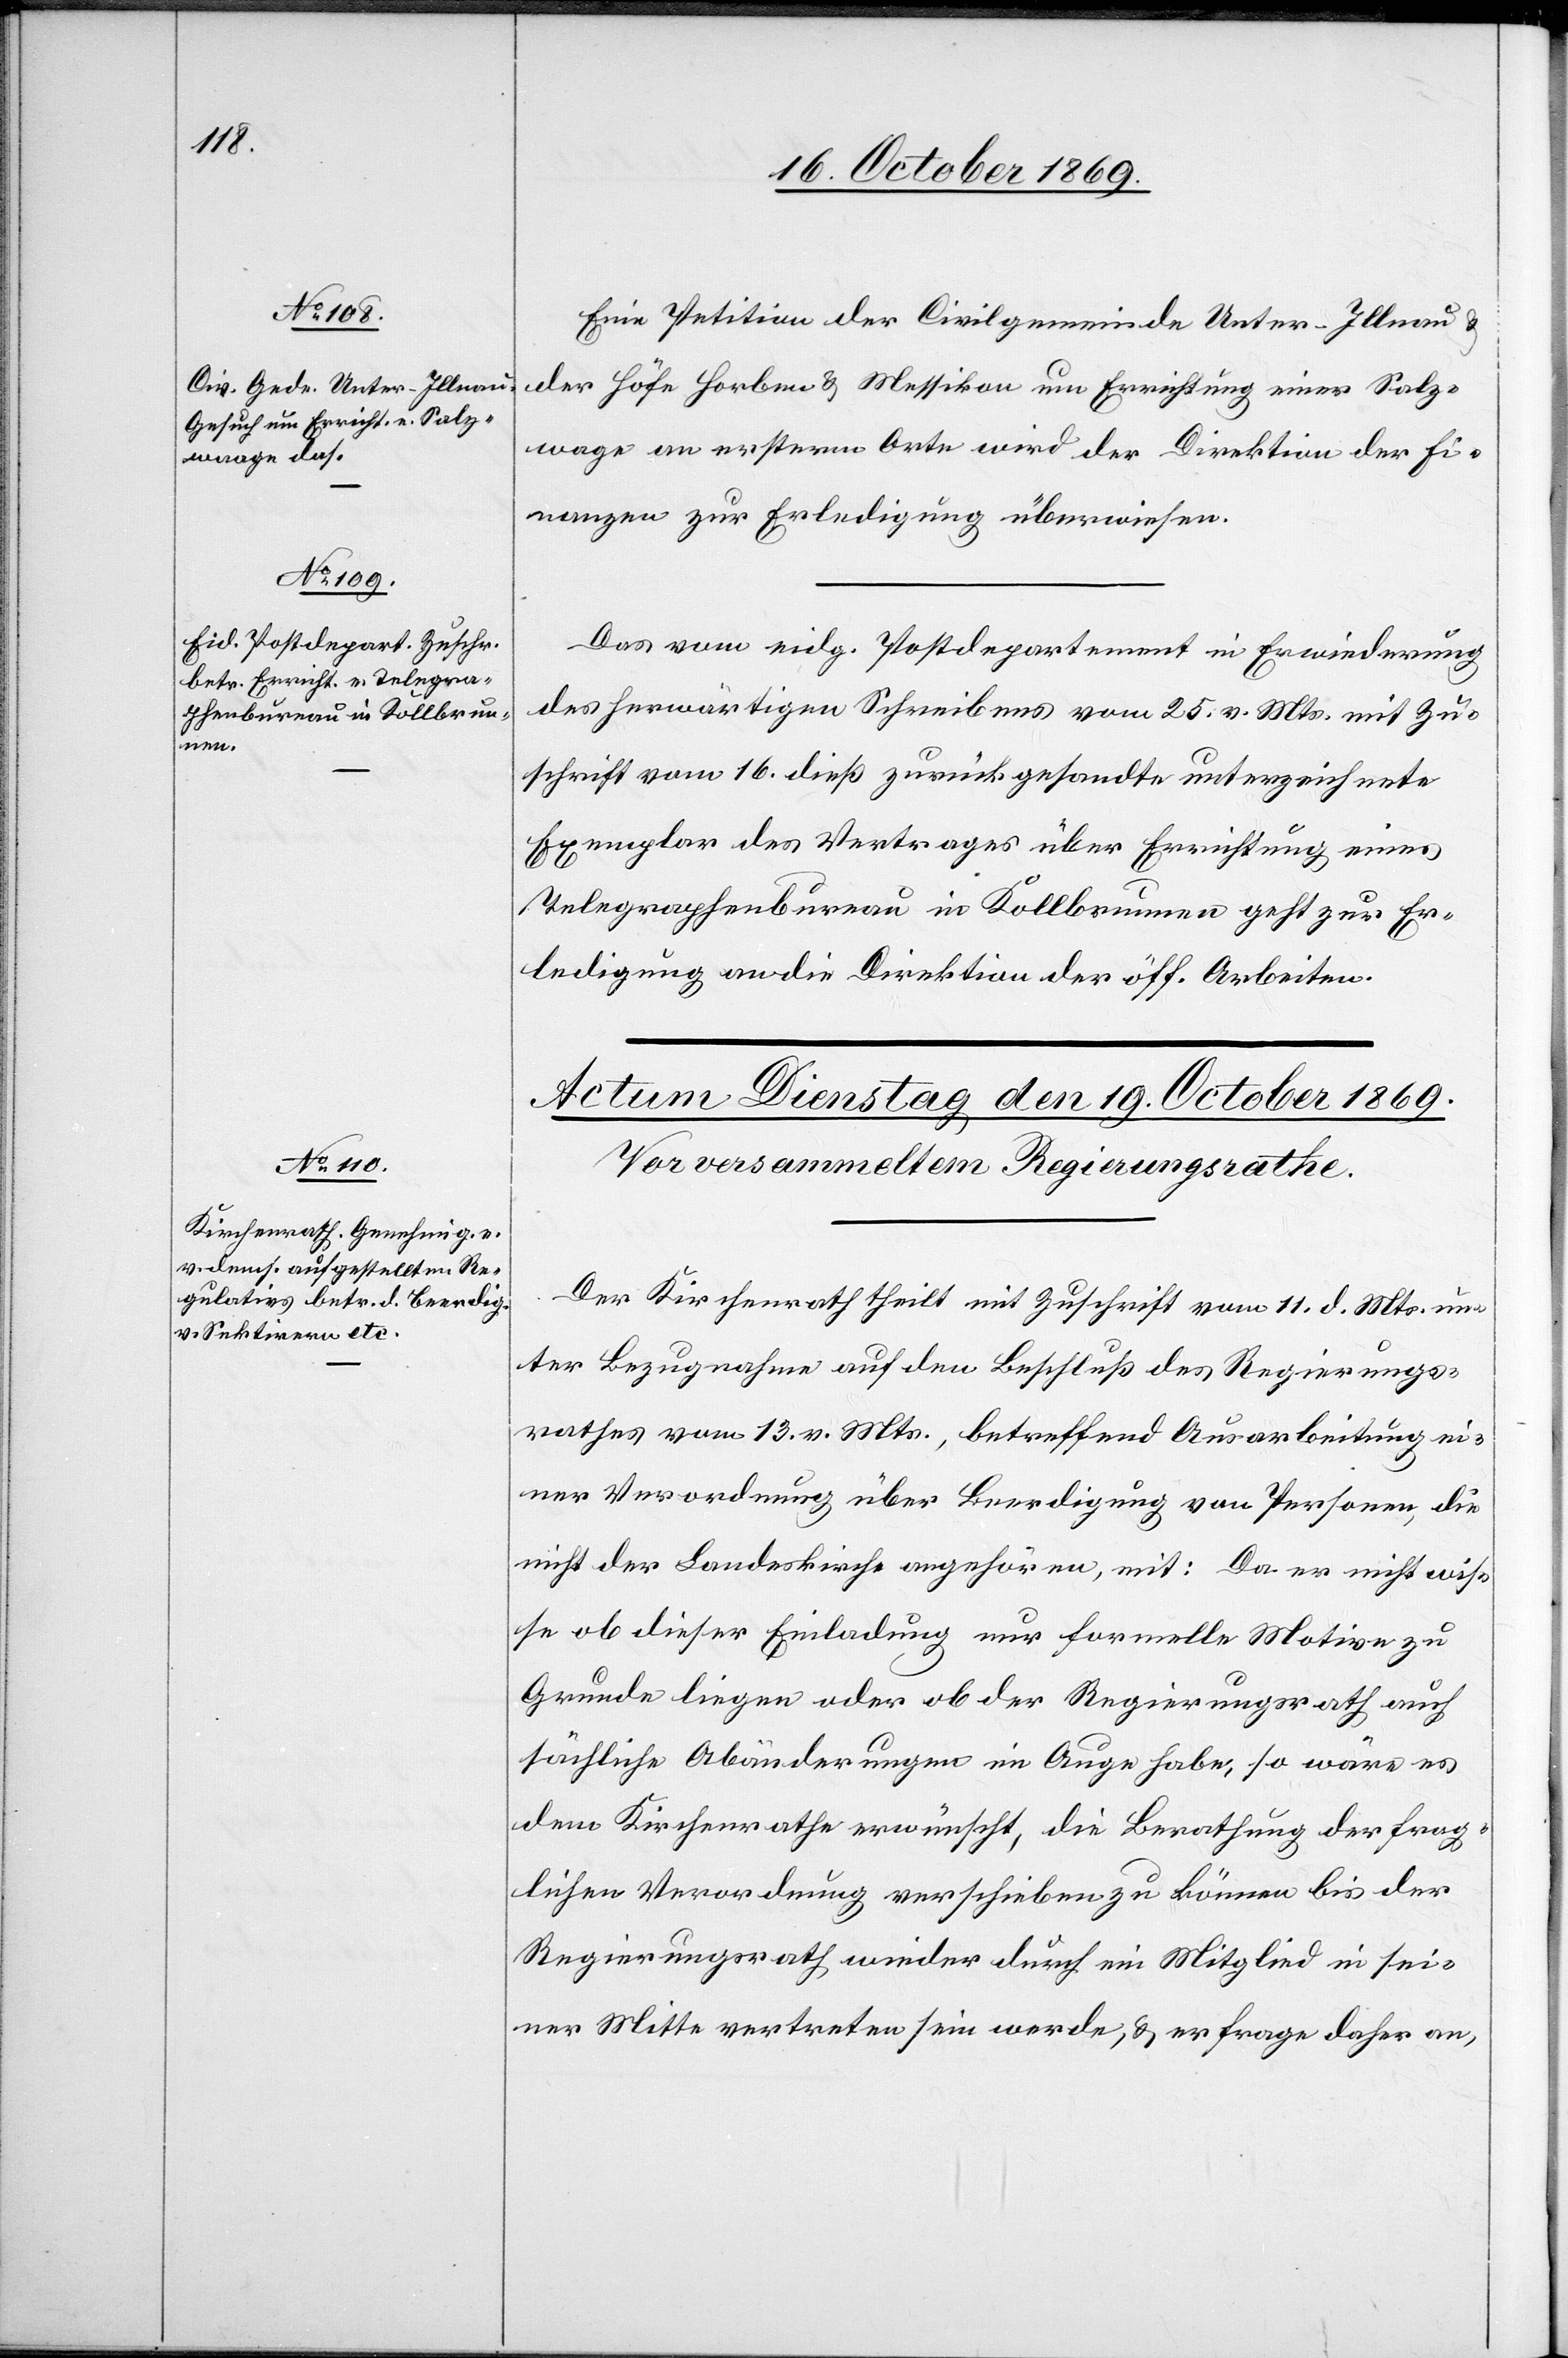
18. October 1869.]
Eine Petition der Civilgemeinde Unter-Illnau &
der Höfe Horben & Messikon um Errichtung einer Salz¬
wa[a]ge an ersterm Orte wird der Direktion der Fi¬
nanzen zur Erledigung überwiesen.
Das vom eidg. Postdepartement in Erwiederung
des herwärtigen Schreibens vom 25. v. Mts. mit Zu¬
schrift vom 16. dieß zurückgesandte unterzeichnete
Exemplar des Vertrages über Errichtung eines
Telegraphenbureau in Kollbrunnen geht zur Er¬
ledigung an die Direktion der öff. Arbeiten.
Der Kirchenrath theilt mit Zuschrift vom 11. d. Mts. un¬
ter Bezugnahme auf den Beschluß des Regierungs¬
rathes vom 13. v. Mts., betreffend Ausarbeitung ei¬
ner Verordnung über Beerdigung von Personen, die
nicht der Landeskirche angehören, mit: Da er nicht wis¬
se ob dieser Einladung nur formelle Motive zu
Grunde liegen oder ob der Regierungsrath auch
sächliche Abänderungen im Auge habe, so wäre es
dem Kirchenrathe erwünscht, die Berathung der frag¬
lichen Verordnung verschieben zu können bis der
Regierungsrath wieder durch ein Mitglied in sei¬
ner Mitte vertreten sein werde, & er frage daher an,